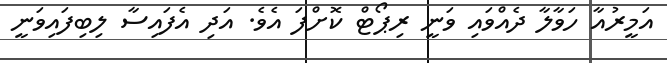
އަމީރުއާ ހަވާލާ ދެއްވައި ވަނީ ރިޕޯޓް ކޮށްފަ އެވެ. އަދި އެފައިސާ ލިބިފައިވަނީ